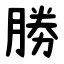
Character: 勝